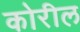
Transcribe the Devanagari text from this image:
कोरील